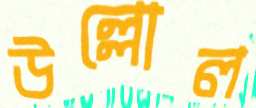
উল্লোল